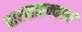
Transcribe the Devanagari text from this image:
वारसाहक्कानं